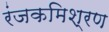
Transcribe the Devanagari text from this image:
रंजकमिश्रण